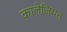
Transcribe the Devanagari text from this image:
कालेजियत